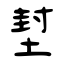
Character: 堼